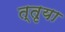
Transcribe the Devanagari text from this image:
त्तृया